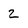
Character: 2